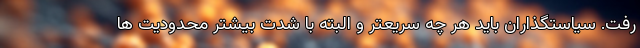
رفت. سیاستگذاران باید هر چه سریعتر و البته با شدت بیشتر محدودیت ها